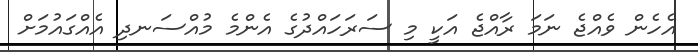
އެހެން ވެއްޖެ ނަމަ ރާއްޖެ އަކީ މި ސަރަހައްދުގެ އެންމެ މުއްސަނދި އެއްގައުމަށް